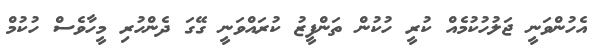
އެހުންވަނީ ޖަލުހުކުމެއް ކުރީ ހުކުން ތަންފީޒު ކުރައްވަނީ ގޭގަ ދެންހުރި މީހާވެސް ހުކުމް